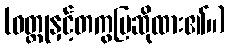
(ဝတ္ထုနှင့်တကွပြဆိုထား၏။)